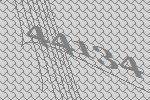
44134